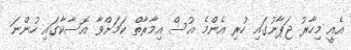
އެއީ މިހާރު ޖަޕާނުގައި ހުރި އެންމެ އުސް އިމާރާތް ކަމަށްވާ އޮސާކާގައި ހުންނަ